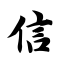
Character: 信